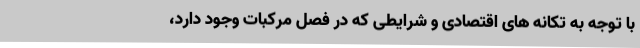
با توجه به تکانه های اقتصادی و شرایطی که در فصل مرکبات وجود دارد،